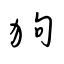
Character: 狗